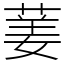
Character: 葁